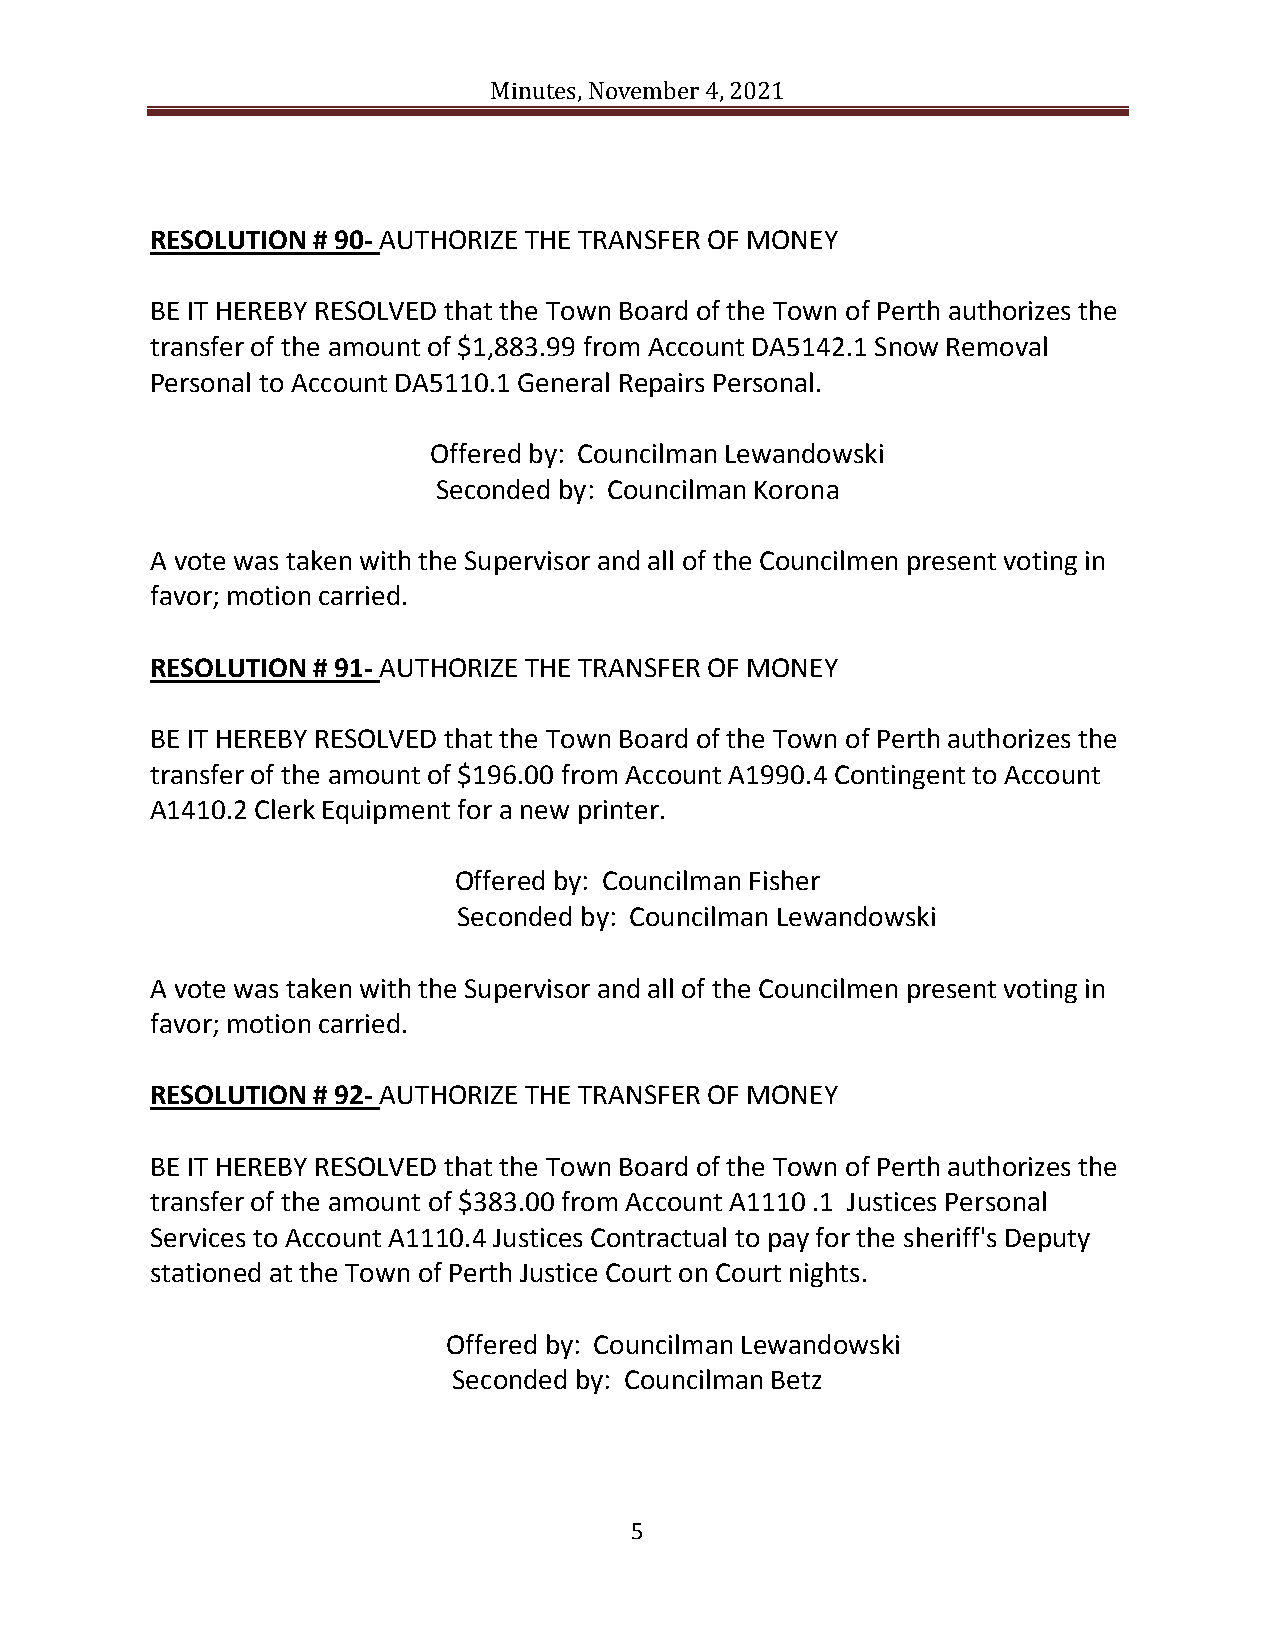
Minutes, November 4, 2021
 RESOLUTION # 90- AUTHORIZE THE TRANSFER OF MONEY
 BE IT HEREBY RESOLVED that the Town Board of the Town of Perth authorizes the
 transfer of the amount of $1,883.99 from Account DA5142.1 Snow Removal
 Personal to Account DA5110.1 General Repairs Personal.
 Offered by: Councilman Lewandowski
 Seconded by: Councilman Korona
 A vote was taken with the Supervisor and all of the Councilmen present voting in
 favor; motion carried.
 RESOLUTION # 91- AUTHORIZE THE TRANSFER OF MONEY
 BE IT HEREBY RESOLVED that the Town Board of the Town of Perth authorizes the
 transfer of the amount of $196.00 from Account A1990.4 Contingent to Account
 A1410.2 Clerk Equipment for a new printer.
 Offered by: Councilman Fisher
 Seconded by: Councilman Lewandowski
 A vote was taken with the Supervisor and all of the Councilmen present voting in
 favor; motion carried.
 RESOLUTION # 92- AUTHORIZE THE TRANSFER OF MONEY
 BE IT HEREBY RESOLVED that the Town Board of the Town of Perth authorizes the
 transfer of the amount of $383.00 from Account A1110 .1 Justices Personal
 Services to Account A1110.4 Justices Contractual to pay for the sheriff's Deputy
 stationed at the Town of Perth Justice Court on Court nights.
 Offered by: Councilman Lewandowski
 Seconded by: Councilman Betz
 5